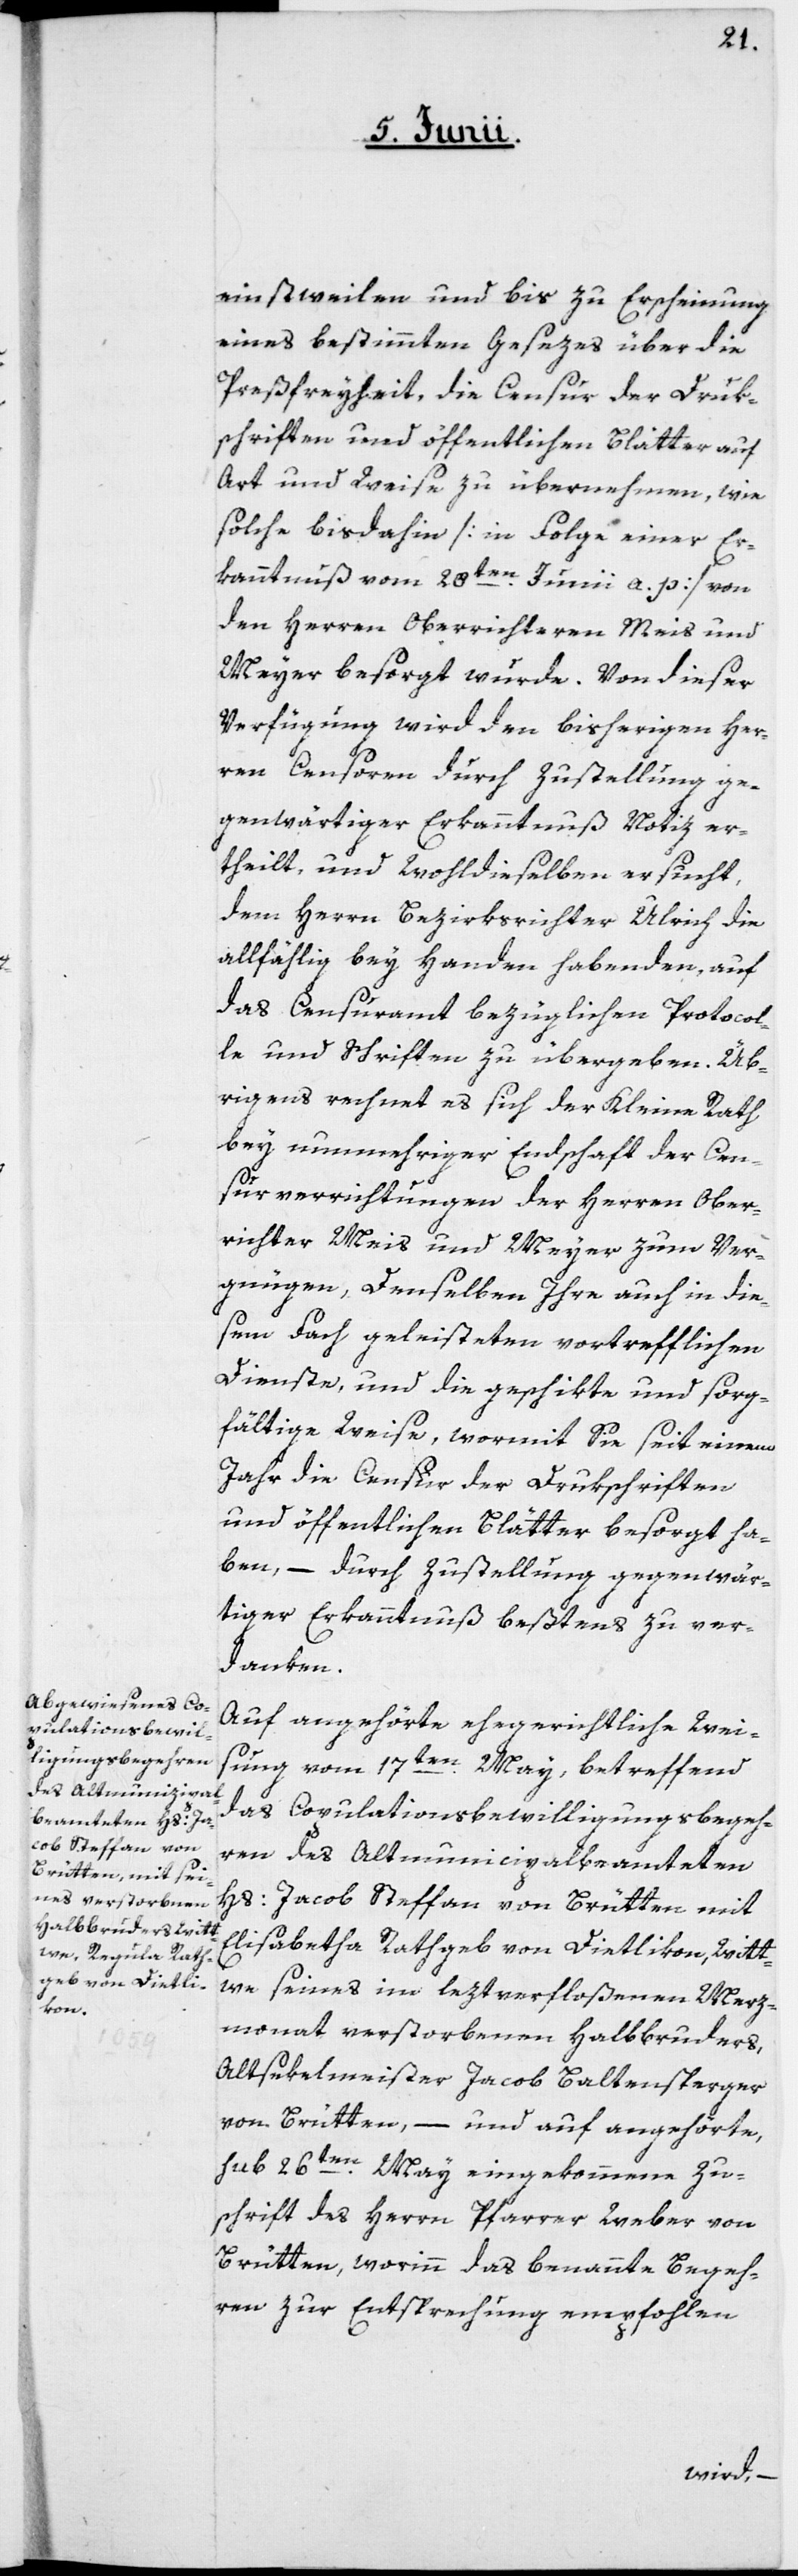
einstweilen und bis zu Erscheinung
eines bestimmten Gesezes über die
Preßfreyheit, die Censur der Druk¬
schriften und öffentlichen Blätter auf
Art und Weise zu übernehmen, wie
solche bis dahin [in Folge einer Er¬
kanntnuß vom 28ten Junii a. p.] von
den Herren Oberrichteren Meis und
Meyer besorgt wurde. Von dieser
Verfügung wird den bisherigen Her¬
ren Censoren durch Zustellung ge¬
genwärtiger Erkanntnuß Notiz er¬
theilt, und wohldieselben ersucht,
dem Herrn Bezirksrichter Ulrich die
allfählig bey Handen habenden, auf
das Censuramt bezüglichen Protocol¬
le und Schriften zu übergeben. Üb¬
rigens rechnet es sich der Kleine Rath
bey nunmehriger Endschaft der Cen¬
surverrichtungen der Herren Ober¬
richter Meis und Meyer zum Ver¬
gnügen, denselben Ihre auch in die¬
sem Fach geleisteten vortrefflichen
Dienste, und die geschikte und sorg¬
fältige Weise, wormit Sie seit einem
Jahr die Censur der Drukschriften
und öffentlichen Blätter besorgt ha¬
ben, – durch Zustellung gegenwär¬
tiger Erkanntnuß beßtens zu ver¬
danken.
Auf angehörte ehegerichtliche Weis¬
ung vom 17ten May, betreffend
das Copulationsbewilligungsbegeh¬
ren des Altmunicipalbeamteten
Hs: Jacob Steffan von Brütten, mit
[sic!] Rathgeb von Dietlikon, Witt¬
we seines im leztverfloßenen Merz¬
monat verstorbenen Halbbruders,
Altsekelmeister Jacob Baltensperger
von Brütten, – und auf angehörte,
sub 26ten May eingekommene Zu¬
schrift des Herrn Pfarrer Weber von
Brütten, worinn das benannte Begeh¬
ren zur Entsprechung empfohlen